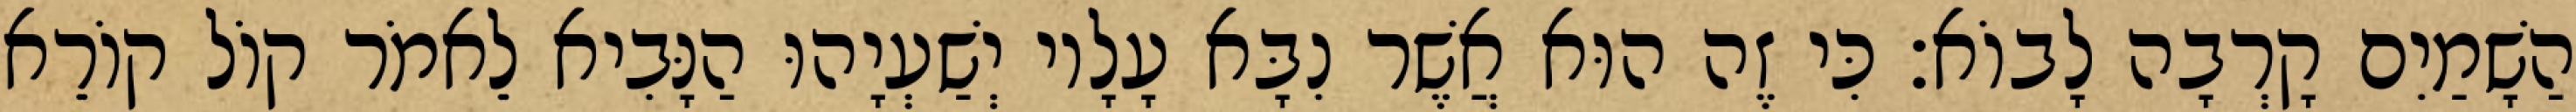
הַשָׁמַיִם קָרְבָה לָבוֹא׃ כִּי זֶה הוּא אֲשֶׁר נִבָּא עָלָיו יְשַׁעְיָהוּ הַנָּבִיא לֵאמֹר קוֹל קוֹרֵא